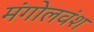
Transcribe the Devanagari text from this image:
मंगोलवंश